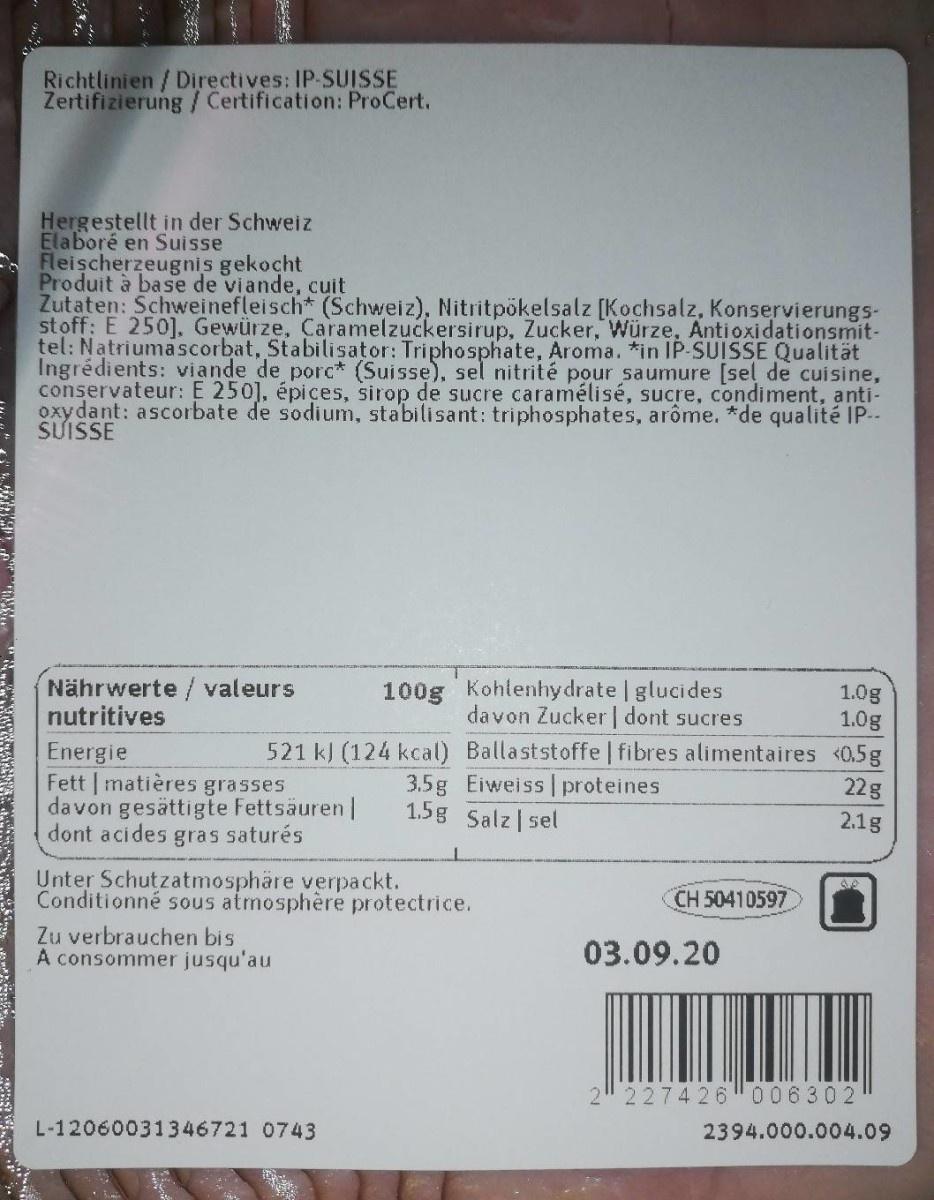
Richtlinien/ Directives: IP-SUISSE Zertifizierung/Certification: ProCert.
Hergestellt in der Schweiz Elaboré en Suisse Fleischerzeugnis gekocht Produit à base de viande, cuit Zutaten: Schweinefleisch* (Schweiz), Nitritpökelsalz [Kochsalz, Konservierungs- stoff: E 250]. Gewürze, Caramelzuckersirup, Zucker, Würze, Antioxidationsmit- tel: Natriumascorbat, Stabilisator: Triphosphate, Aroma. *in IP-SUISSE Qualität Ingrédients: viande de porc* (Suisse), sel nitrité pour saumure [sel de cuisine, conservateur: E 250], épiçes, sirop de sucre caramélisé, sucre, condiment, anti- oxydant: ascorbate de sodium, stabilisant: triphosphates, arôme. *de qualité IP-- SUISSE
Nährwerte / valeurs nutritives
100g Kohlenhydrate glucides davon Zucker | dont sucres
1.0g 1.0g
Energie Fett | matières grasses davon gesättigte Fettsäuren | dont acides gras saturés
521 kJ (124 kcal) Ballaststoffe | fibres alimentaires <0.5g 3.5g Eiweiss proteines 1.5g Salz| sel
22g
2.1g
Unter Schutzatmosphäre verpackt. Conditionné sous atmosphère protectrice. Zu verbrauchen bis A consommer jusqu'au
CH 50410597
03.09.20
2 2274 26"006302
L-12060031346721 0743
2394.000.004.09